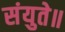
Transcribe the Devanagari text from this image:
संयुते॥